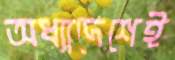
অধ্যাদেশেই